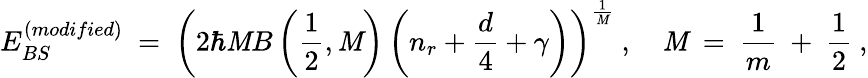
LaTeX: E_{BS}^{(modified)}\ =\ \left(2\hbar\mathit{M}B\left(\frac{{1}}{{2}},\mathit{M}\right)\left(n_{r}+\frac{{d}}{{4}}+\gamma\right)\right)^{\frac{{1}}{{\mathit{M}}}}\ ,\quad\mathit{M}\ =\ \frac{{1}}{{m}}\ +\ \frac{{1}}{{2}}\ ,